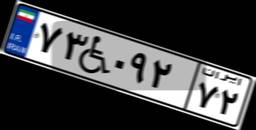
۷۳W۰۹۲۷۲